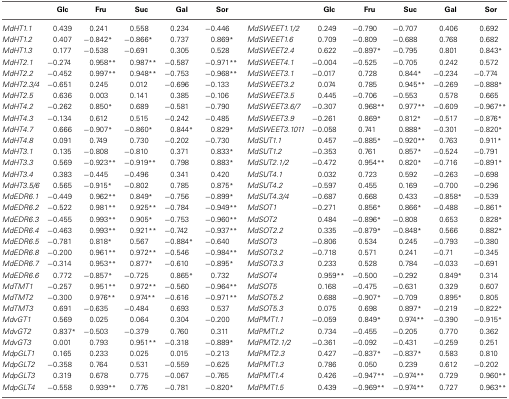
<table><thead><tr><td></td><td><b>Glc</b></td><td><b>Fru</b></td><td><b>Suc</b></td><td><b>Gal</b></td><td><b>Sor</b></td><td></td><td><b>Glc</b></td><td><b>Fru</b></td><td><b>Suc</b></td><td><b>Gal</b></td><td><b>Sor</b></td></tr></thead><tbody><tr><td><i>MdHT1.1</i></td><td>0.439</td><td>0.241</td><td>0.558</td><td>0.234</td><td>−0.446</td><td><i>MdSWEET1.1/2</i></td><td>0.249</td><td>−0.790</td><td>−0.707</td><td>0.406</td><td>0.692</td></tr><tr><td><i>MdHT1.2</i></td><td>0.407</td><td>−0.842<sup>*</sup></td><td>−0.866<sup>*</sup></td><td>0.737</td><td>0.869<sup>*</sup></td><td><i>MdSWEET1.6</i></td><td>0.709</td><td>−0.809</td><td>−0.688</td><td>0.768</td><td>0.682</td></tr><tr><td><i>MdHT1.3</i></td><td>0.177</td><td>−0.538</td><td>−0.691</td><td>0.305</td><td>0.528</td><td><i>MdSWEET2.4</i></td><td>0.622</td><td>−0.897<sup>*</sup></td><td>−0.795</td><td>0.801</td><td>0.843<sup>*</sup></td></tr><tr><td><i>MdHT2.1</i></td><td>−0.274</td><td>0.958<sup>**</sup></td><td>0.987<sup>**</sup></td><td>−0.587</td><td>−0.971<sup>**</sup></td><td><i>MdSWEET4.1</i></td><td>−0.004</td><td>−0.525</td><td>−0.705</td><td>0.242</td><td>0.572</td></tr><tr><td><i>MdHT2.2</i></td><td>−0.452</td><td>0.997<sup>**</sup></td><td>0.948<sup>**</sup></td><td>−0.753</td><td>−0.968<sup>**</sup></td><td><i>MdSWEET3.1</i></td><td>−0.017</td><td>0.728</td><td>0.844<sup>*</sup></td><td>−0.234</td><td>−0.774</td></tr><tr><td><i>MdHT2.3/4</i></td><td>−0.651</td><td>0.245</td><td>0.012</td><td>−0.696</td><td>−0.133</td><td><i>MdSWEET3.2</i></td><td>0.074</td><td>0.785</td><td>0.945<sup>**</sup></td><td>−0.269</td><td>−0.888<sup>*</sup></td></tr><tr><td><i>MdHT2.5</i></td><td>0.636</td><td>0.003</td><td>0.141</td><td>0.385</td><td>−0.106</td><td><i>MdSWEET3.5</i></td><td>0.445</td><td>−0.706</td><td>−0.553</td><td>0.578</td><td>0.665</td></tr><tr><td><i>MdHT4.2</i></td><td>−0.262</td><td>0.850<sup>*</sup></td><td>0.689</td><td>−0.581</td><td>−0.790</td><td><i>MdSWEET3.6/7</i></td><td>−0.307</td><td>0.968<sup>**</sup></td><td>0.977<sup>**</sup></td><td>−0.609</td><td>−0.967<sup>**</sup></td></tr><tr><td><i>MdHT4.3</i></td><td>−0.134</td><td>0.612</td><td>0.515</td><td>−0.242</td><td>−0.485</td><td><i>MdSWEET3.9</i></td><td>−0.261</td><td>0.869<sup>*</sup></td><td>0.812<sup>*</sup></td><td>−0.517</td><td>−0.876<sup>*</sup></td></tr><tr><td><i>MdHT4.7</i></td><td>0.666</td><td>−0.907<sup>*</sup></td><td>−0.860<sup>*</sup></td><td>0.844<sup>*</sup></td><td>0.829<sup>*</sup></td><td><i>MdSWEET3.1011</i></td><td>−0.058</td><td>0.741</td><td>0.888<sup>*</sup></td><td>−0.301</td><td>−0.820<sup>*</sup></td></tr><tr><td><i>MdHT4.8</i></td><td>0.091</td><td>0.749</td><td>0.730</td><td>−0.202</td><td>−0.730</td><td><i>MdSUT1.1</i></td><td>0.457</td><td>−0.885<sup>*</sup></td><td>−0.920<sup>**</sup></td><td>0.763</td><td>0.911<sup>*</sup></td></tr><tr><td><i>MdHT3.1</i></td><td>0.135</td><td>−0.808</td><td>−0.810</td><td>0.371</td><td>0.833<sup>*</sup></td><td><i>MdSUT1.2</i></td><td>−0.353</td><td>0.761</td><td>0.857<sup>*</sup></td><td>−0.524</td><td>−0.791</td></tr><tr><td><i>MdHT3.3</i></td><td>0.569</td><td>−0.923<sup>**</sup></td><td>−0.919<sup>**</sup></td><td>0.798</td><td>0.883<sup>*</sup></td><td><i>MdSUT2.1/2</i></td><td>−0.472</td><td>0.954<sup>**</sup></td><td>0.820<sup>*</sup></td><td>−0.716</td><td>−0.891<sup>*</sup></td></tr><tr><td><i>MdHT3.4</i></td><td>0.383</td><td>−0.445</td><td>−0.496</td><td>0.341</td><td>0.420</td><td><i>MdSUT4.1</i></td><td>0.032</td><td>0.723</td><td>0.592</td><td>−0.263</td><td>−0.698</td></tr><tr><td><i>MdHT3.5/6</i></td><td>0.565</td><td>−0.915<sup>*</sup></td><td>−0.802</td><td>0.785</td><td>0.875<sup>*</sup></td><td><i>MdSUT4.2</i></td><td>−0.597</td><td>0.455</td><td>0.169</td><td>−0.700</td><td>−0.296</td></tr><tr><td><i>MdEDR6.1</i></td><td>−0.449</td><td>0.962<sup>**</sup></td><td>0.849<sup>*</sup></td><td>−0.756</td><td>−0.899<sup>*</sup></td><td><i>MdSUT4.3/4</i></td><td>−0.687</td><td>0.668</td><td>0.433</td><td>−0.858<sup>*</sup></td><td>−0.539</td></tr><tr><td><i>MdEDR6.2</i></td><td>−0.522</td><td>0.981<sup>**</sup></td><td>0.925<sup>**</sup></td><td>−0.784</td><td>−0.949<sup>**</sup></td><td><i>MdSOT1</i></td><td>−0.271</td><td>0.856<sup>*</sup></td><td>0.866<sup>*</sup></td><td>−0.488</td><td>−0.861<sup>*</sup></td></tr><tr><td><i>MdEDR6.3</i></td><td>−0.455</td><td>0.993<sup>**</sup></td><td>0.905<sup>*</sup></td><td>−0.753</td><td>−0.960<sup>**</sup></td><td><i>MdSOT2</i></td><td>0.484</td><td>−0.896<sup>*</sup></td><td>−0.808</td><td>0.653</td><td>0.828<sup>*</sup></td></tr><tr><td><i>MdEDR6.4</i></td><td>−0.463</td><td>0.993<sup>**</sup></td><td>0.921<sup>**</sup></td><td>−0.742</td><td>−0.937<sup>**</sup></td><td><i>MdSOT2.2</i></td><td>0.335</td><td>−0.879<sup>*</sup></td><td>−0.848<sup>*</sup></td><td>0.566</td><td>0.882<sup>*</sup></td></tr><tr><td><i>MdEDR6.5</i></td><td>−0.781</td><td>0.818<sup>*</sup></td><td>0.567</td><td>−0.884<sup>*</sup></td><td>−0.640</td><td><i>MdSOT3</i></td><td>−0.806</td><td>0.534</td><td>0.245</td><td>−0.793</td><td>−0.380</td></tr><tr><td><i>MdEDR6.8</i></td><td>−0.200</td><td>0.961<sup>**</sup></td><td>0.972<sup>**</sup></td><td>−0.546</td><td>−0.984<sup>**</sup></td><td><i>MdSOT3.2</i></td><td>−0.718</td><td>0.571</td><td>0.241</td><td>−0.71</td><td>−0.345</td></tr><tr><td><i>MdEDR6.7</i></td><td>−0.314</td><td>0.953<sup>**</sup></td><td>0.877<sup>*</sup></td><td>−0.610</td><td>−0.895<sup>*</sup></td><td><i>MdSOT3.3</i></td><td>0.233</td><td>0.528</td><td>0.784</td><td>−0.033</td><td>−0.691</td></tr><tr><td><i>MdEDR6.6</i></td><td>0.772</td><td>−0.857<sup>*</sup></td><td>−0.725</td><td>0.865<sup>*</sup></td><td>0.732</td><td><i>MdSOT4</i></td><td>0.959<sup>**</sup></td><td>−0.500</td><td>−0.292</td><td>0.849<sup>*</sup></td><td>0.314</td></tr><tr><td><i>MdTMT1</i></td><td>−0.257</td><td>0.951<sup>**</sup></td><td>0.972<sup>**</sup></td><td>−0.560</td><td>−0.964<sup>**</sup></td><td><i>MdSOT5</i></td><td>0.168</td><td>−0.475</td><td>−0.631</td><td>0.329</td><td>0.607</td></tr><tr><td><i>MdTMT2</i></td><td>−0.300</td><td>0.976<sup>**</sup></td><td>0.974<sup>**</sup></td><td>−0.616</td><td>−0.971<sup>**</sup></td><td><i>MdSOT5.2</i></td><td>0.688</td><td>−0.907<sup>*</sup></td><td>−0.709</td><td>0.895<sup>*</sup></td><td>0.805</td></tr><tr><td><i>MdTMT3</i></td><td>0.691</td><td>−0.635</td><td>−0.484</td><td>0.693</td><td>0.537</td><td><i>MdSOT5.3</i></td><td>0.075</td><td>0.698</td><td>0.897<sup>*</sup></td><td>−0.219</td><td>−0.822<sup>*</sup></td></tr><tr><td><i>MdvGT1</i></td><td>0.569</td><td>0.025</td><td>0.064</td><td>0.304</td><td>−0.200</td><td><i>MdPMT1.1</i></td><td>−0.059</td><td>0.849<sup>*</sup></td><td>0.974<sup>**</sup></td><td>−0.390</td><td>−0.915<sup>*</sup></td></tr><tr><td><i>MdvGT2</i></td><td>0.837<sup>*</sup></td><td>−0.503</td><td>−0.379</td><td>0.760</td><td>0.311</td><td><i>MdPMT1.2</i></td><td>0.734</td><td>−0.455</td><td>−0.205</td><td>0.770</td><td>0.362</td></tr><tr><td><i>MdvGT3</i></td><td>0.001</td><td>0.793</td><td>0.951<sup>**</sup></td><td>−0.318</td><td>−0.889<sup>*</sup></td><td><i>MdPMT2.1/2</i></td><td>−0.361</td><td>−0.092</td><td>−0.431</td><td>−0.259</td><td>0.251</td></tr><tr><td><i>MdpGLT1</i></td><td>0.165</td><td>0.233</td><td>0.025</td><td>0.015</td><td>−0.213</td><td><i>MdPMT2.3</i></td><td>0.427</td><td>−0.837<sup>*</sup></td><td>−0.837<sup>*</sup></td><td>0.583</td><td>0.810</td></tr><tr><td><i>MdpGLT2</i></td><td>−0.358</td><td>0.764</td><td>0.531</td><td>−0.559</td><td>−0.625</td><td><i>MdPMT1.3</i></td><td>0.786</td><td>0.050</td><td>0.239</td><td>0.612</td><td>−0.202</td></tr><tr><td><i>MdpGLT3</i></td><td>0.319</td><td>0.678</td><td>0.775</td><td>−0.067</td><td>−0.765</td><td><i>MdPMT1.4</i></td><td>0.426</td><td>−0.947<sup>**</sup></td><td>−0.974<sup>**</sup></td><td>0.729</td><td>0.960<sup>**</sup></td></tr><tr><td><i>MdpGLT4</i></td><td>−0.558</td><td>0.939<sup>**</sup></td><td>0.776</td><td>−0.781</td><td>−0.820<sup>*</sup></td><td><i>MdPMT1.5</i></td><td>0.439</td><td>−0.969<sup>**</sup></td><td>−0.974<sup>**</sup></td><td>0.727</td><td>0.963<sup>**</sup></td></tr></tbody></table>